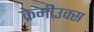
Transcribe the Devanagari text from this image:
क्रेमीउक्स